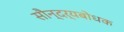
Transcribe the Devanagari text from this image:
सौन्दर्यबोधक